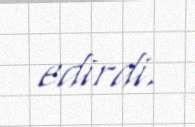
edirdi.